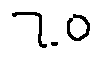
7 . 0